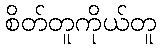
စိတ်တူကိုယ်တူ